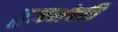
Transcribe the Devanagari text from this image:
तुजभंवति